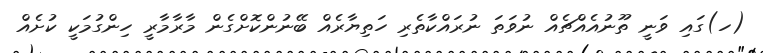
(ހ)ގައި ވަނީ ތޫނުއެއްޗެއް ނުވަތަ ނުރައްކާތެރި ހަތިޔާރެއް ބޭނުންކޮށްގެން މާރާމާރީ ހިންގުމަކީ ކުށެއް